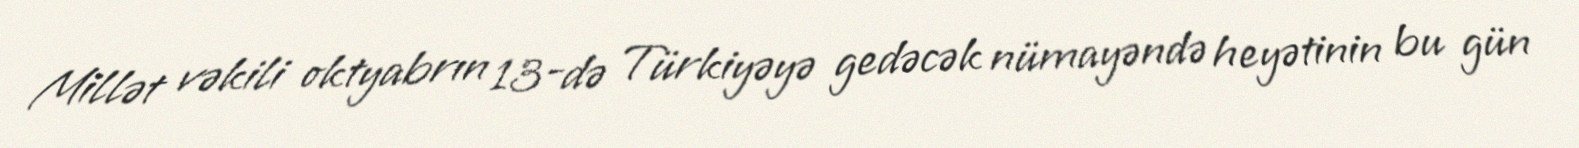
Millət vəkili oktyabrın 13-də Türkiyəyə gedəcək nümayəndə heyətinin bu gün